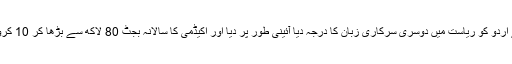
انھوں نے اردو کو ریاست میں دوسری سرکاری زبان کا درجہ دیا آئینی طور پر دیا اور اکیڈمی کا سالانہ بجٹ 80 لاکھ سے بڑھا کر 10 کروڑ کردیا۔